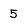
Character: 5